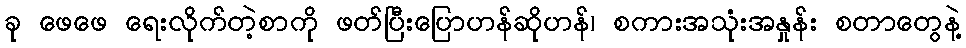
ခု ဖေဖေ ရေးလိုက်တဲ့စာကို ဖတ်ပြီးပြောဟန်ဆိုဟန်၊ စကားအသုံးအနှုန်း စတာတွေနဲ့